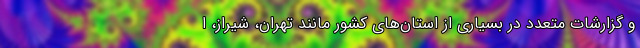
و گزارشات متعدد در بسیاری از استان‌های کشور مانند تهران، شیراز، ا